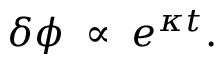
\delta \phi \; \propto \; e ^ { \kappa t } .